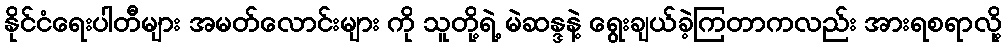
နိုင်ငံရေးပါတီများ အမတ်လောင်းများ ကို သူတို့ရဲ့ မဲဆန္ဒနဲ့ ရွေးချယ်ခဲ့ကြတာကလည်း အားရစရာလို့